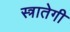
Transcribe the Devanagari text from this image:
स्त्रातेगी